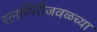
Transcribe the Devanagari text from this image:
रत्‍नागिरीजवळच्या